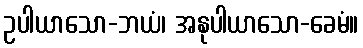
ဥပါယာသော-ဘယံ၊ အနုပါယာသော-ခေမံ။